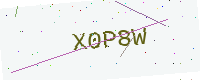
Text: X0P8W